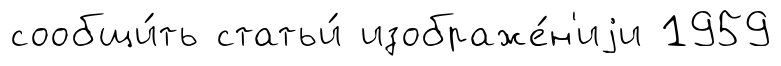
сообщи́ть статьи́ изображе́н'иjи 1959